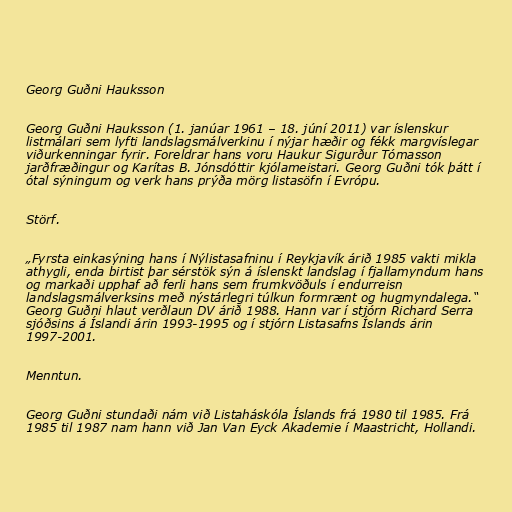
Georg Guðni Hauksson

Georg Guðni Hauksson (1. janúar 1961 – 18. júní 2011) var íslenskur
listmálari sem lyfti landslagsmálverkinu í nýjar hæðir og fékk margvíslegar
viðurkenningar fyrir. Foreldrar hans voru Haukur Sigurður Tómasson
jarðfræðingur og Karítas B. Jónsdóttir kjólameistari. Georg Guðni tók þátt í
ótal sýningum og verk hans prýða mörg listasöfn í Evrópu.

Störf.

„Fyrsta einkasýning hans í Nýlistasafninu í Reykjavík árið 1985 vakti mikla
athygli, enda birtist þar sérstök sýn á íslenskt landslag í fjallamyndum hans
og markaði upphaf að ferli hans sem frumkvöðuls í endurreisn
landslagsmálverksins með nýstárlegri túlkun formrænt og hugmyndalega.“
Georg Guðni hlaut verðlaun DV árið 1988. Hann var í stjórn Richard Serra
sjóðsins á Íslandi árin 1993-1995 og í stjórn Listasafns Íslands árin
1997-2001.

Menntun.

Georg Guðni stundaði nám við Listaháskóla Íslands frá 1980 til 1985. Frá
1985 til 1987 nam hann við Jan Van Eyck Akademie í Maastricht, Hollandi.